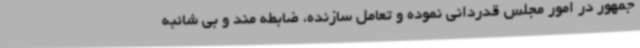
جمهور در امور مجلس قدردانی نموده و تعامل سازنده، ضابطه مند و بی شائبه